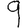
Digit: 9